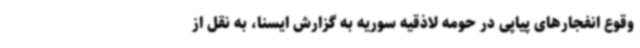
وقوع انفجارهای پیاپی در حومه لاذقیه سوریه به گزارش ایسنا، به نقل از